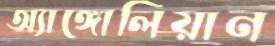
অ্যাঙ্গোলিয়ান